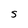
Character: s